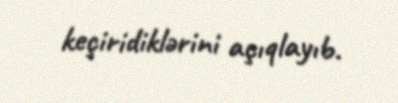
keçiridiklərini açıqlayıb.